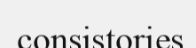
consistories